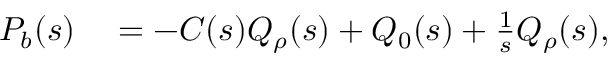
\begin{array} { r l } { { P } _ { b } ( s ) } & { { } = - C ( s ) Q _ { \rho } ( s ) + Q _ { 0 } ( s ) + \frac { 1 } { s } Q _ { \rho } ( s ) , } \end{array}